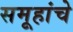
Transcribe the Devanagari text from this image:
समूहांचे